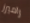
راميرز